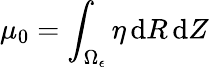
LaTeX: \mu_{0}=\int_{\Omega_{\epsilon}}\eta\, \mathrm{d}R\, \mathrm{d}Z